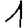
Digit: 1